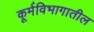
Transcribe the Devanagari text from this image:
कूर्मविभागातील